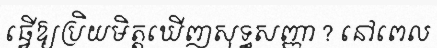
ធ្វើឱ្យប្រិយមិត្តឃើញសុទ្ធសញ្ញា ? នៅពេល